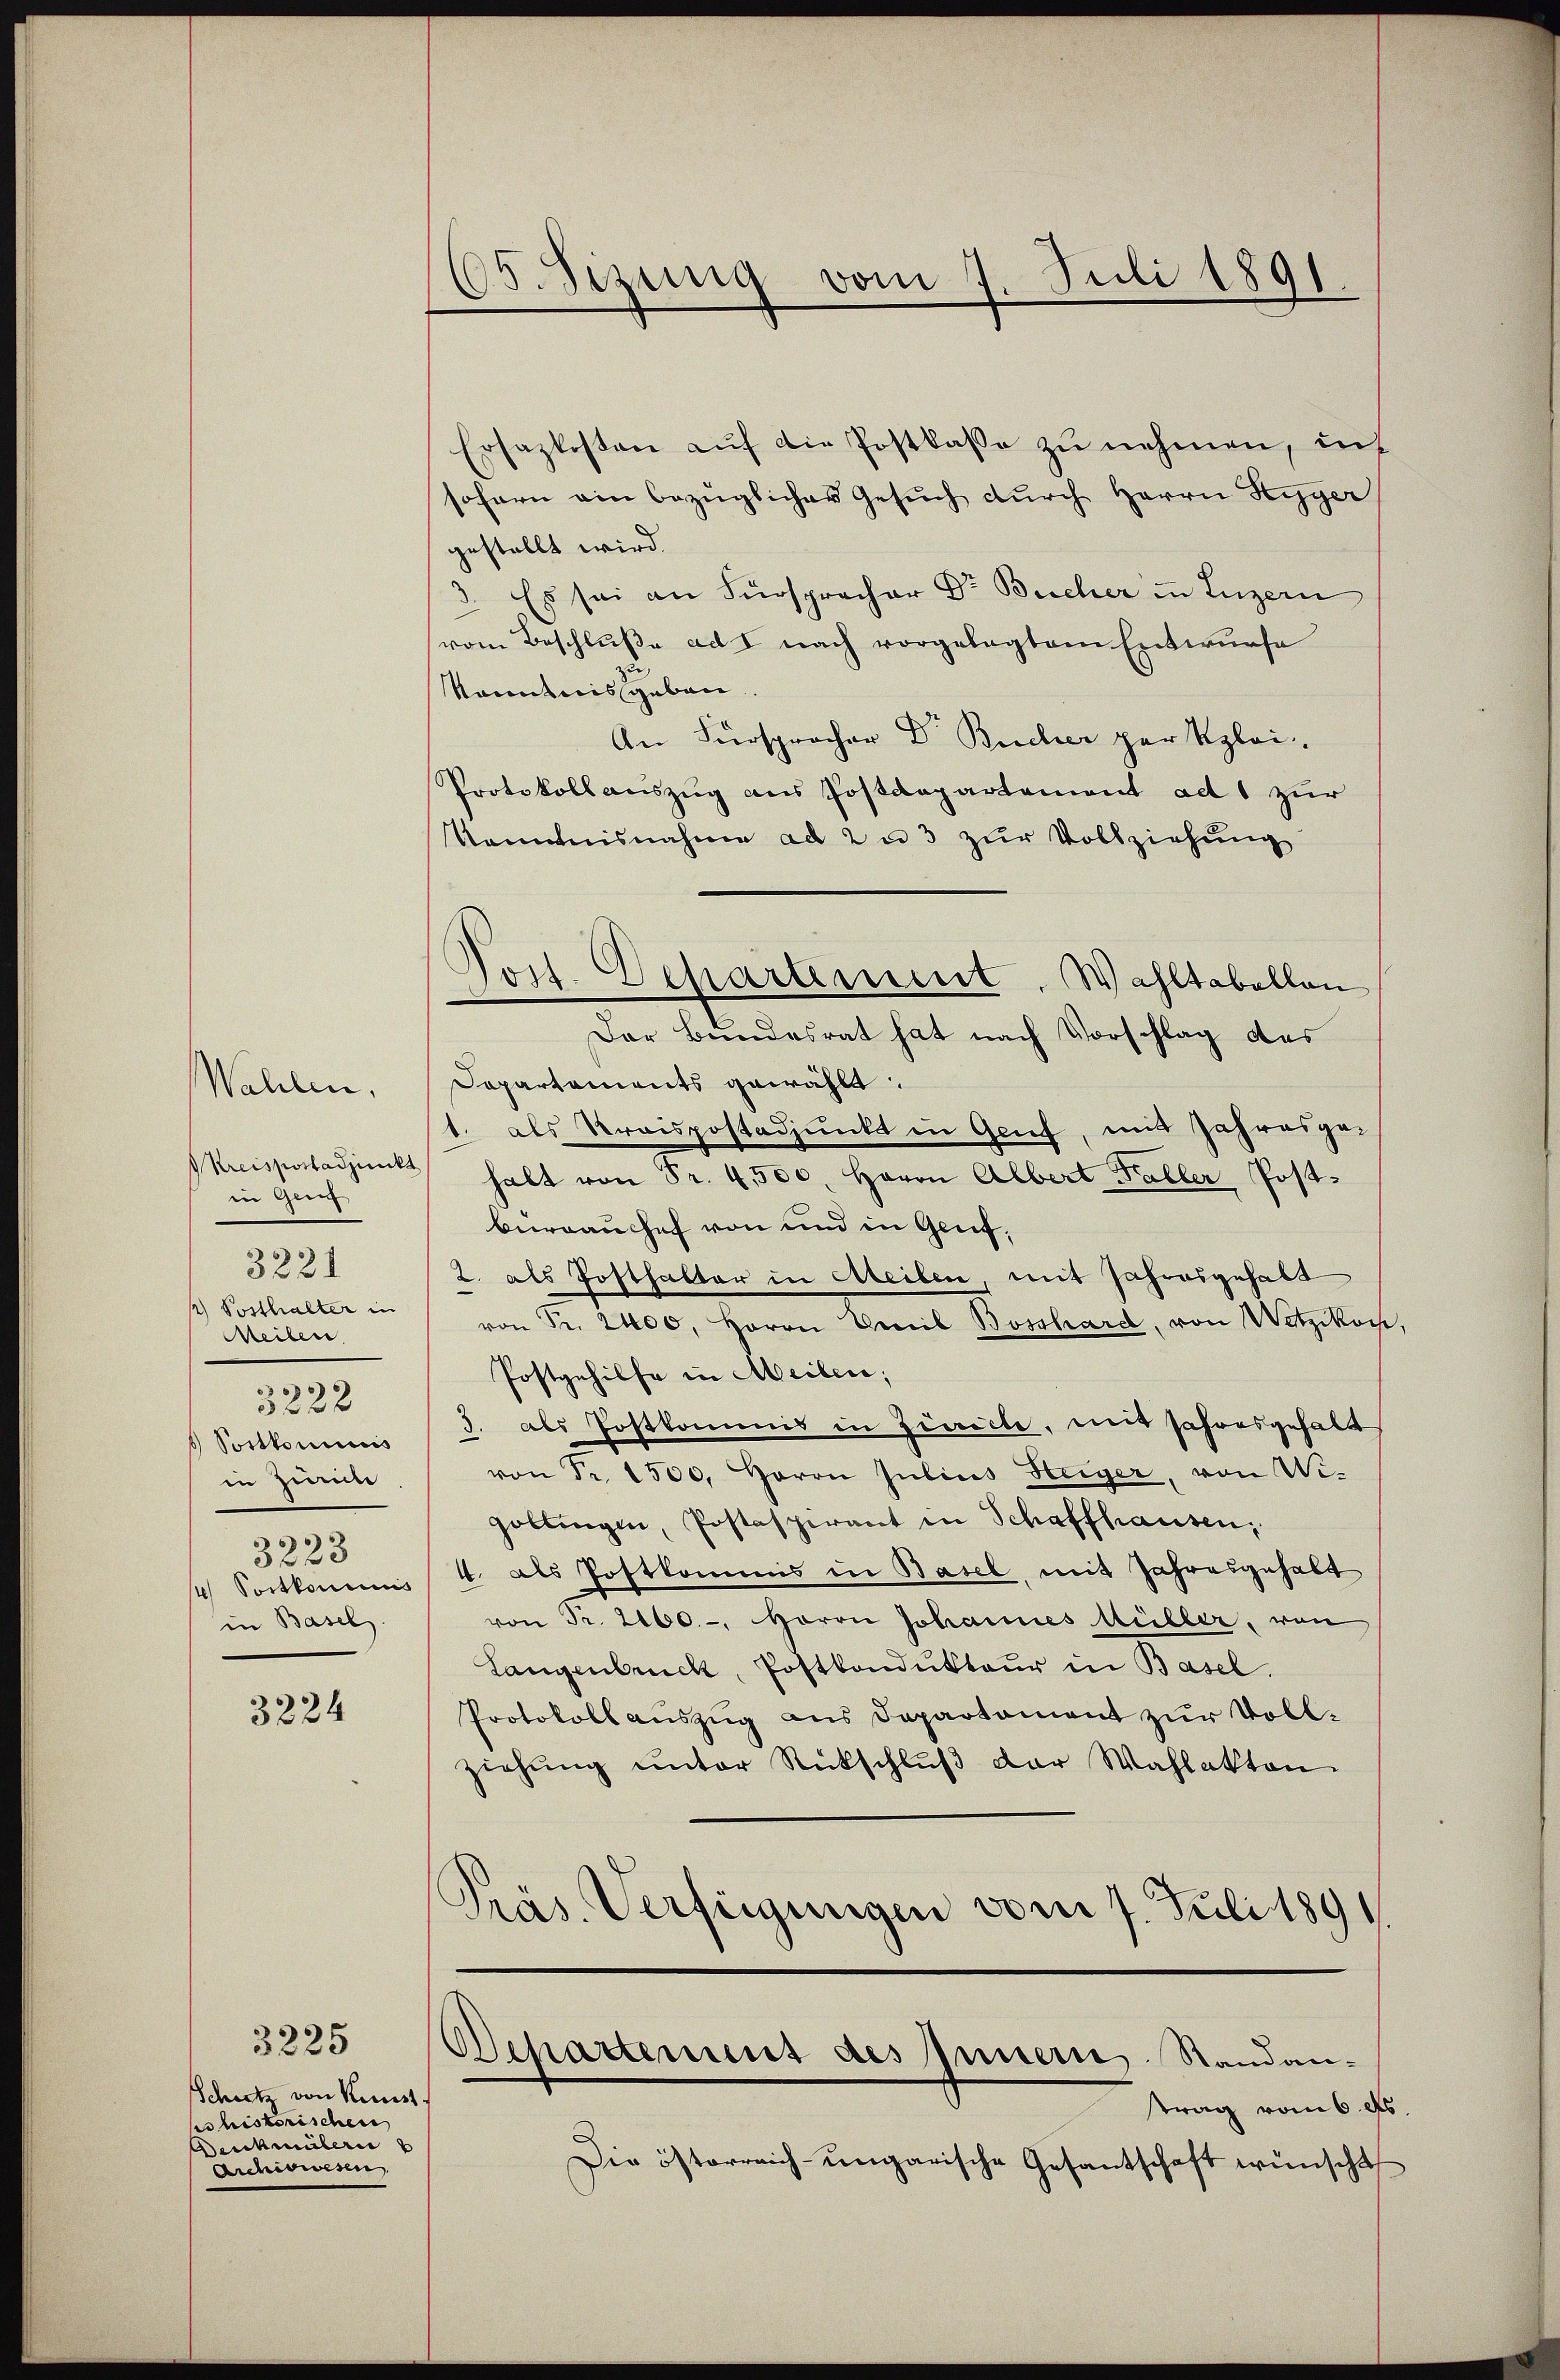
Wahlen.
Kreisportadjunkt
in Greif
3221
1) Posthalter in
Meilen.
3228
Postkominis
in Zürich
3223
in Basel

3224

Schutz von Kunst
pshistorischen
Deichmütern
Archiswesen

3225

605. Sizung vom 7. Juli 1891

Ersazkosten auf die Postkasse zu nehmen, ins
sofern ain bezüglicher Gesŭch dŭrch Herrn Heger
gestellt wird.
3. Es sei an Fürspracher Dr. Bucher in Luzern
vom Beschluße ad I nach vorgelegtem Entwurfe
kanntnis geben.
An Fürsprocher Dr. Bucher par Klei
Protokoll auszug aus Postdepartement ad 1 zur
Kenntnisnahme ad 2 u 3 zur Vollziehung
Der Bundesrat hat nach Vorschlag des
Dapartaments gewählt:
1. als Kraispostadjunkt in Genf, mit Jahresge-
halt von Fr. 4500. Herrn Albert Faller Postburrauchef von und in Genf,
2. als Posthalter in Meilen, mit Jahresgehalt
von Fr. 2400. Herrn Decil Bosshard, von Wetzikon,
Postgehilfe in Meilen;
3. als Postkommis in Zivile, mit Jahresgehalt
von Fr. 1500. Herrn Julius Heiger, von Wi¬
Göttingen, Postaspirant in Schaffhausen,
4 Sortkomen 4. als Postkommis in Basel, mit Jahresgehalt
von Fr. 2100.-, Herrn Johannes Müller, von
Langenbruck, Postkondŭkteŭr in Basel.
Protokoll auszug aus Departament zur Vollziehung unter Rückschlŭβ der Wahlakten.
Präs. Verfügungen vom 7. Juli 189

Post. Departement. Wahltabellen,

Departements des Innern Standan-
trag vom 6. ds.

Die österreich-ungarische Gesantschaft wünscht